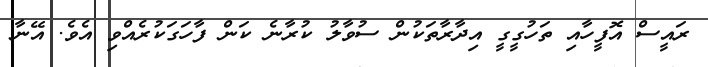
ރައީސް އޮފީހާއި ތަހުގީގީ އިދާރާތަކުން ސުވާލު ކުރާނެ ކަން ފާހަގަކުރެއްވި އެވެ. އޭނާ